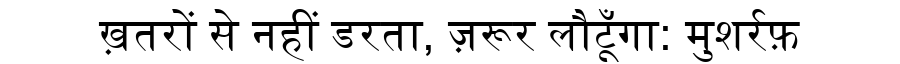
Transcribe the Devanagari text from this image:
ख़तरों से नहीं डरता, ज़रूर लौटूँगा: मुशर्रफ़